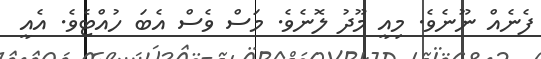
ފެނެއް ނޫނެވެ. މިއީ މޫދު ލޮނެވެ. މަސް ވެސް އެބަ ހުއްޓެވެ. އެއީ